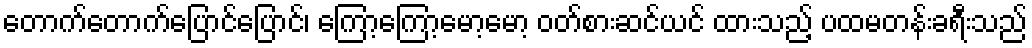
တောက်တောက်ပြောင်ပြောင်၊ ကြော့ကြော့မော့မော့ ဝတ်စားဆင်ယင် ထားသည့် ပထမတန်းခရီးသည်